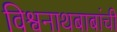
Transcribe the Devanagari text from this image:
विश्वनाथबाबांची